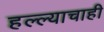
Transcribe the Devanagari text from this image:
हल्ल्याचाही